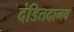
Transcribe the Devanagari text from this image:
दंडितदानव